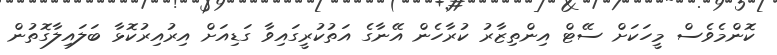
ކޮންމެވެސް މީހަކަށް ސޭޓް އިންތިޒާރު ކުރާހެން އޭނާގެ އަތުކުރީގައިވާ ގަޑިއަށް އިރުއިރުކޮޅާ ބަލައިލާގޮތުން